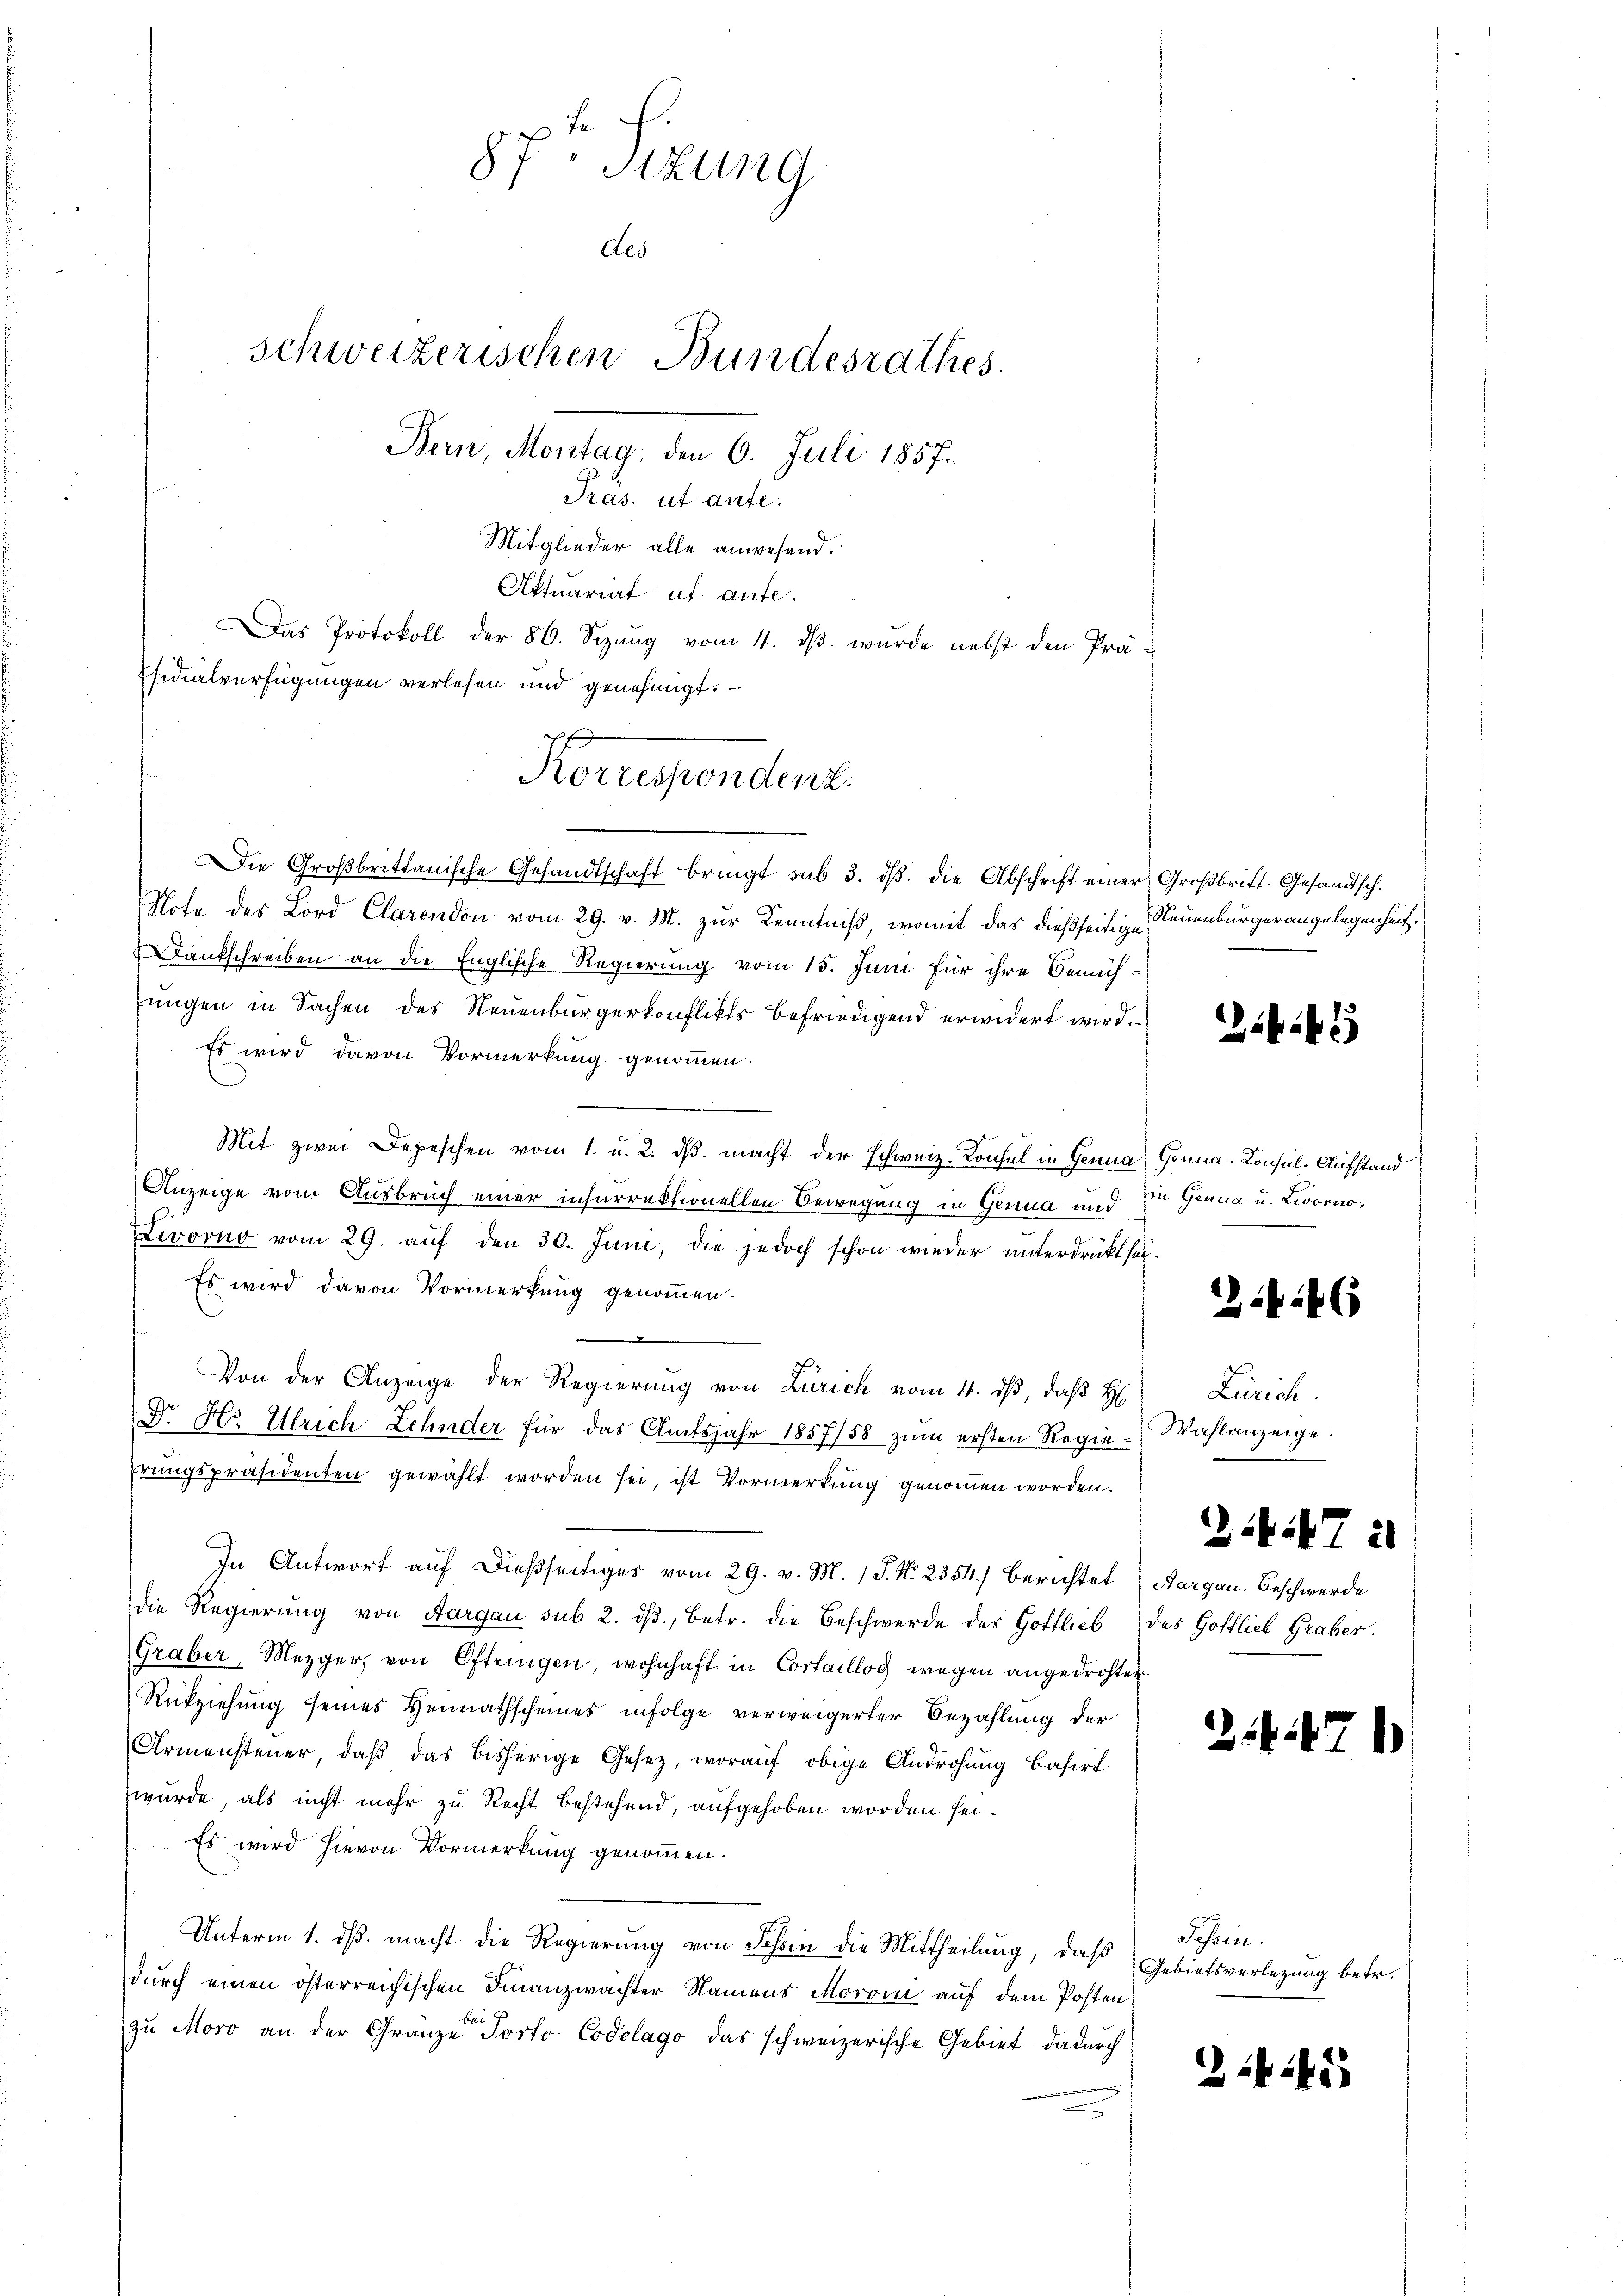
87. Sitzung
des
schweizerischen Bundesrathes.
Bern, Montag, den 6. Juli 1857.
Pras. ut aufe.

Mitglieder alle anwesend.
Aktuariat ut aufe
as Protokoll der 86. Sizŭng vom 4. dβ. wurde nebst den Prä-
Esidialverfügungen verlesen und genehmigt.
Note des Lord Clarendon vom 29. v. M. zur Kenntniß, womit das dießseitige Neuenburgerangelegenheit.
Dankschreiben an die Englische Regierung vom 15. Juni für ihre Bemüh-
jungen in Sachen des Neuenburgerkonflikts befriedigend erwidert wird.
Es wird davon Vormerkung genommen.
Mit zwei Depeschen vom 1. u. 2. dβ macht der schweiz. Konfel in Genua Gonna-Consul-Aufstand
Anzeige vom Ausbruch einer inhurrektionellen Bewegung in Genua und
Livorno vom 29. aŭf den 30. Juni, die jedoch schon wieder unterdrückt sei.
Es wird davon Vormerkung genommen.
.
f
Von der Anzeige der Regierung von Zürich vom 4. dβ, daß H
D. Hs. Ulrich Zehnder für das Amtsjahr 1857/58 zum ersten Regie¬
Erungspräsidenten gewählt worden sei, ist Vormerkung genommen worden.
In Antwort auf dießseitiges vom 29. v. M. 1 S. No. 2354.) Berichtet
die Regierŭng von Aargau sub 2. dβ, betr. die Beschwerde des Gottlieb des Gottlieb Graber.
Graber, Mezger, von Oftringen, wohnhaft in Cortaillog wegen angedrohten
Rückziehung seines Heimathscheines infolge verweigerter Bezahlung der
Armensteuer, daβ das bisherige Gesetz, worauf obige Androhung basirt
wurde, als nicht mehr zu Recht bestehend, aufgehoben worden sei.
Es wird hievon Vormerkung genommen.
Unterm 1. ds. macht die Regierung von Schin die Mittheilung, daß
durch einen österreichischen Finanzwachter Namens Moroin auf dem Posten
zu Moro an der Gränze Porto Codelago das schweizerische Gebiet dadurch

Korrespendent.
Die Großbrittanische Gesandtschaft bringt sub 3. dβ. die Abschrift einer Großbritt. Gesandtsch.

2.445

in Genua u. Zworne,

x

Zürich
Wahlanzeige.

Aargau. Beschwerde

2i7 21

247

2

e

Passin.
Gebietsverlegung betr.